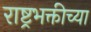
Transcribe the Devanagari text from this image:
राष्ट्रभक्तीच्या